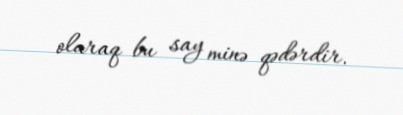
olaraq bu say minə qədərdir.